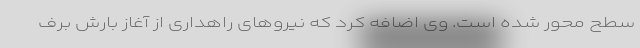
سطح محور شده است. وی اضافه کرد که نیروهای راهداری از آغاز بارش برف